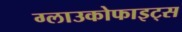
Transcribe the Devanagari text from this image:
ग्लाउकोफाइट्स